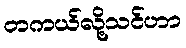
တကယ်လို့သင်ဟာ